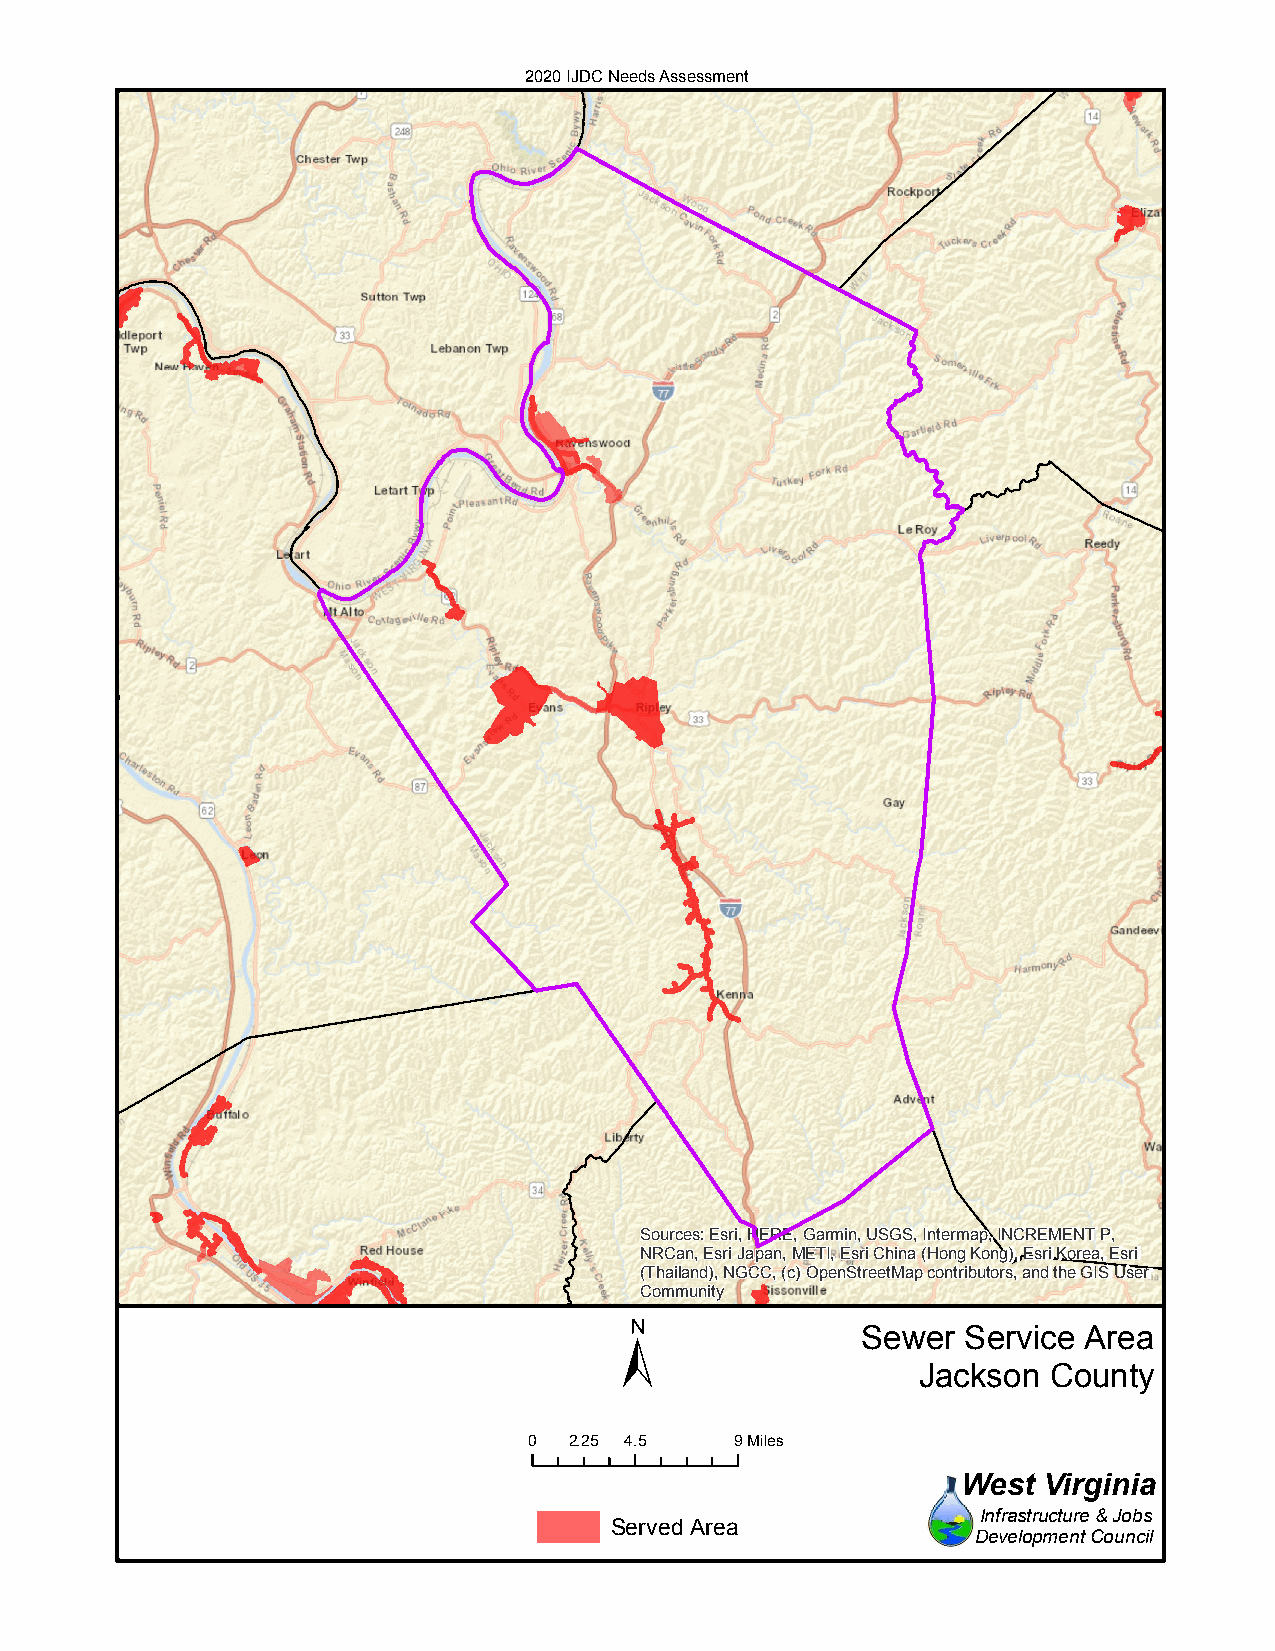
2020 IJDC Needs Assessment
 Sources: Esri, HERE, Garmin, USGS, Intermap, INCREMENT P,
 NRCan, Esri Japan, METI, Esri China (Hong Kong), Esri Korea, Esri
 (Thailand), NGCC, (c) OpenStreetMap contributors, and the GIS User
 Community
 ±
 Sewer  Service Area
 Jackson County
 0  2.25 4.5   9Miles
 West Virginia
 Infrastructure & Jobs
 Served Area
 Development Council